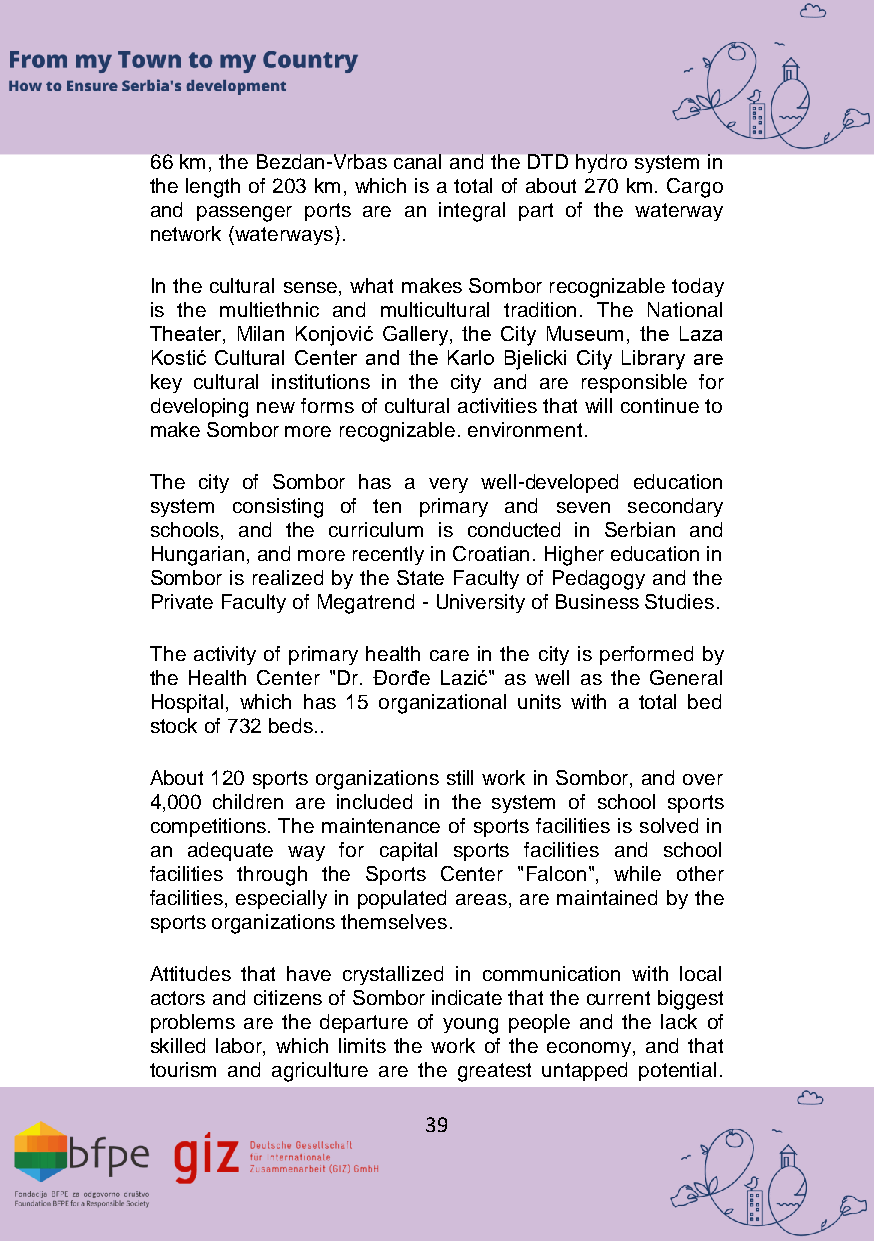
66 km, the Bezdan-Vrbas canal and the DTD hydro system in
 the length of 203 km, which is a total of about 270 km. Cargo
 and passenger ports are an integral part of the waterway
 network (waterways).
 In the cultural sense, what makes Sombor recognizable today
 is the multiethnic and multicultural tradition. The National
 Theater, Milan Konjović Gallery, the City Museum, the Laza
 Kostić Cultural Center and the Karlo Bjelicki City Library are
 key cultural institutions in the city and are responsible for
 developing new forms of cultural activities that will continue to
 make Sombor more recognizable. environment.
 The city of Sombor has a very well-developed education
 system consisting of ten primary and seven secondary
 schools, and the curriculum is conducted in Serbian and
 Hungarian, and more recently in Croatian. Higher education in
 Sombor is realized by the State Faculty of Pedagogy and the
 Private Faculty of Megatrend - University of Business Studies.
 The activity of primary health care in the city is performed by
 the Health Center "Dr. Đorđe Lazić" as well as the General
 Hospital, which has 15 organizational units with a total bed
 stock of 732 beds..
 About 120 sports organizations still work in Sombor, and over
 4,000 children are included in the system of school sports
 competitions. The maintenance of sports facilities is solved in
 an adequate way for capital sports facilities and school
 facilities through the Sports Center "Falcon", while other
 facilities, especially in populated areas, are maintained by the
 sports organizations themselves.
 Attitudes that have crystallized in communication with local
 actors and citizens of Sombor indicate that the current biggest
 problems are the departure of young people and the lack of
 skilled labor, which limits the work of the economy, and that
 tourism and agriculture are the greatest untapped potential.
 39